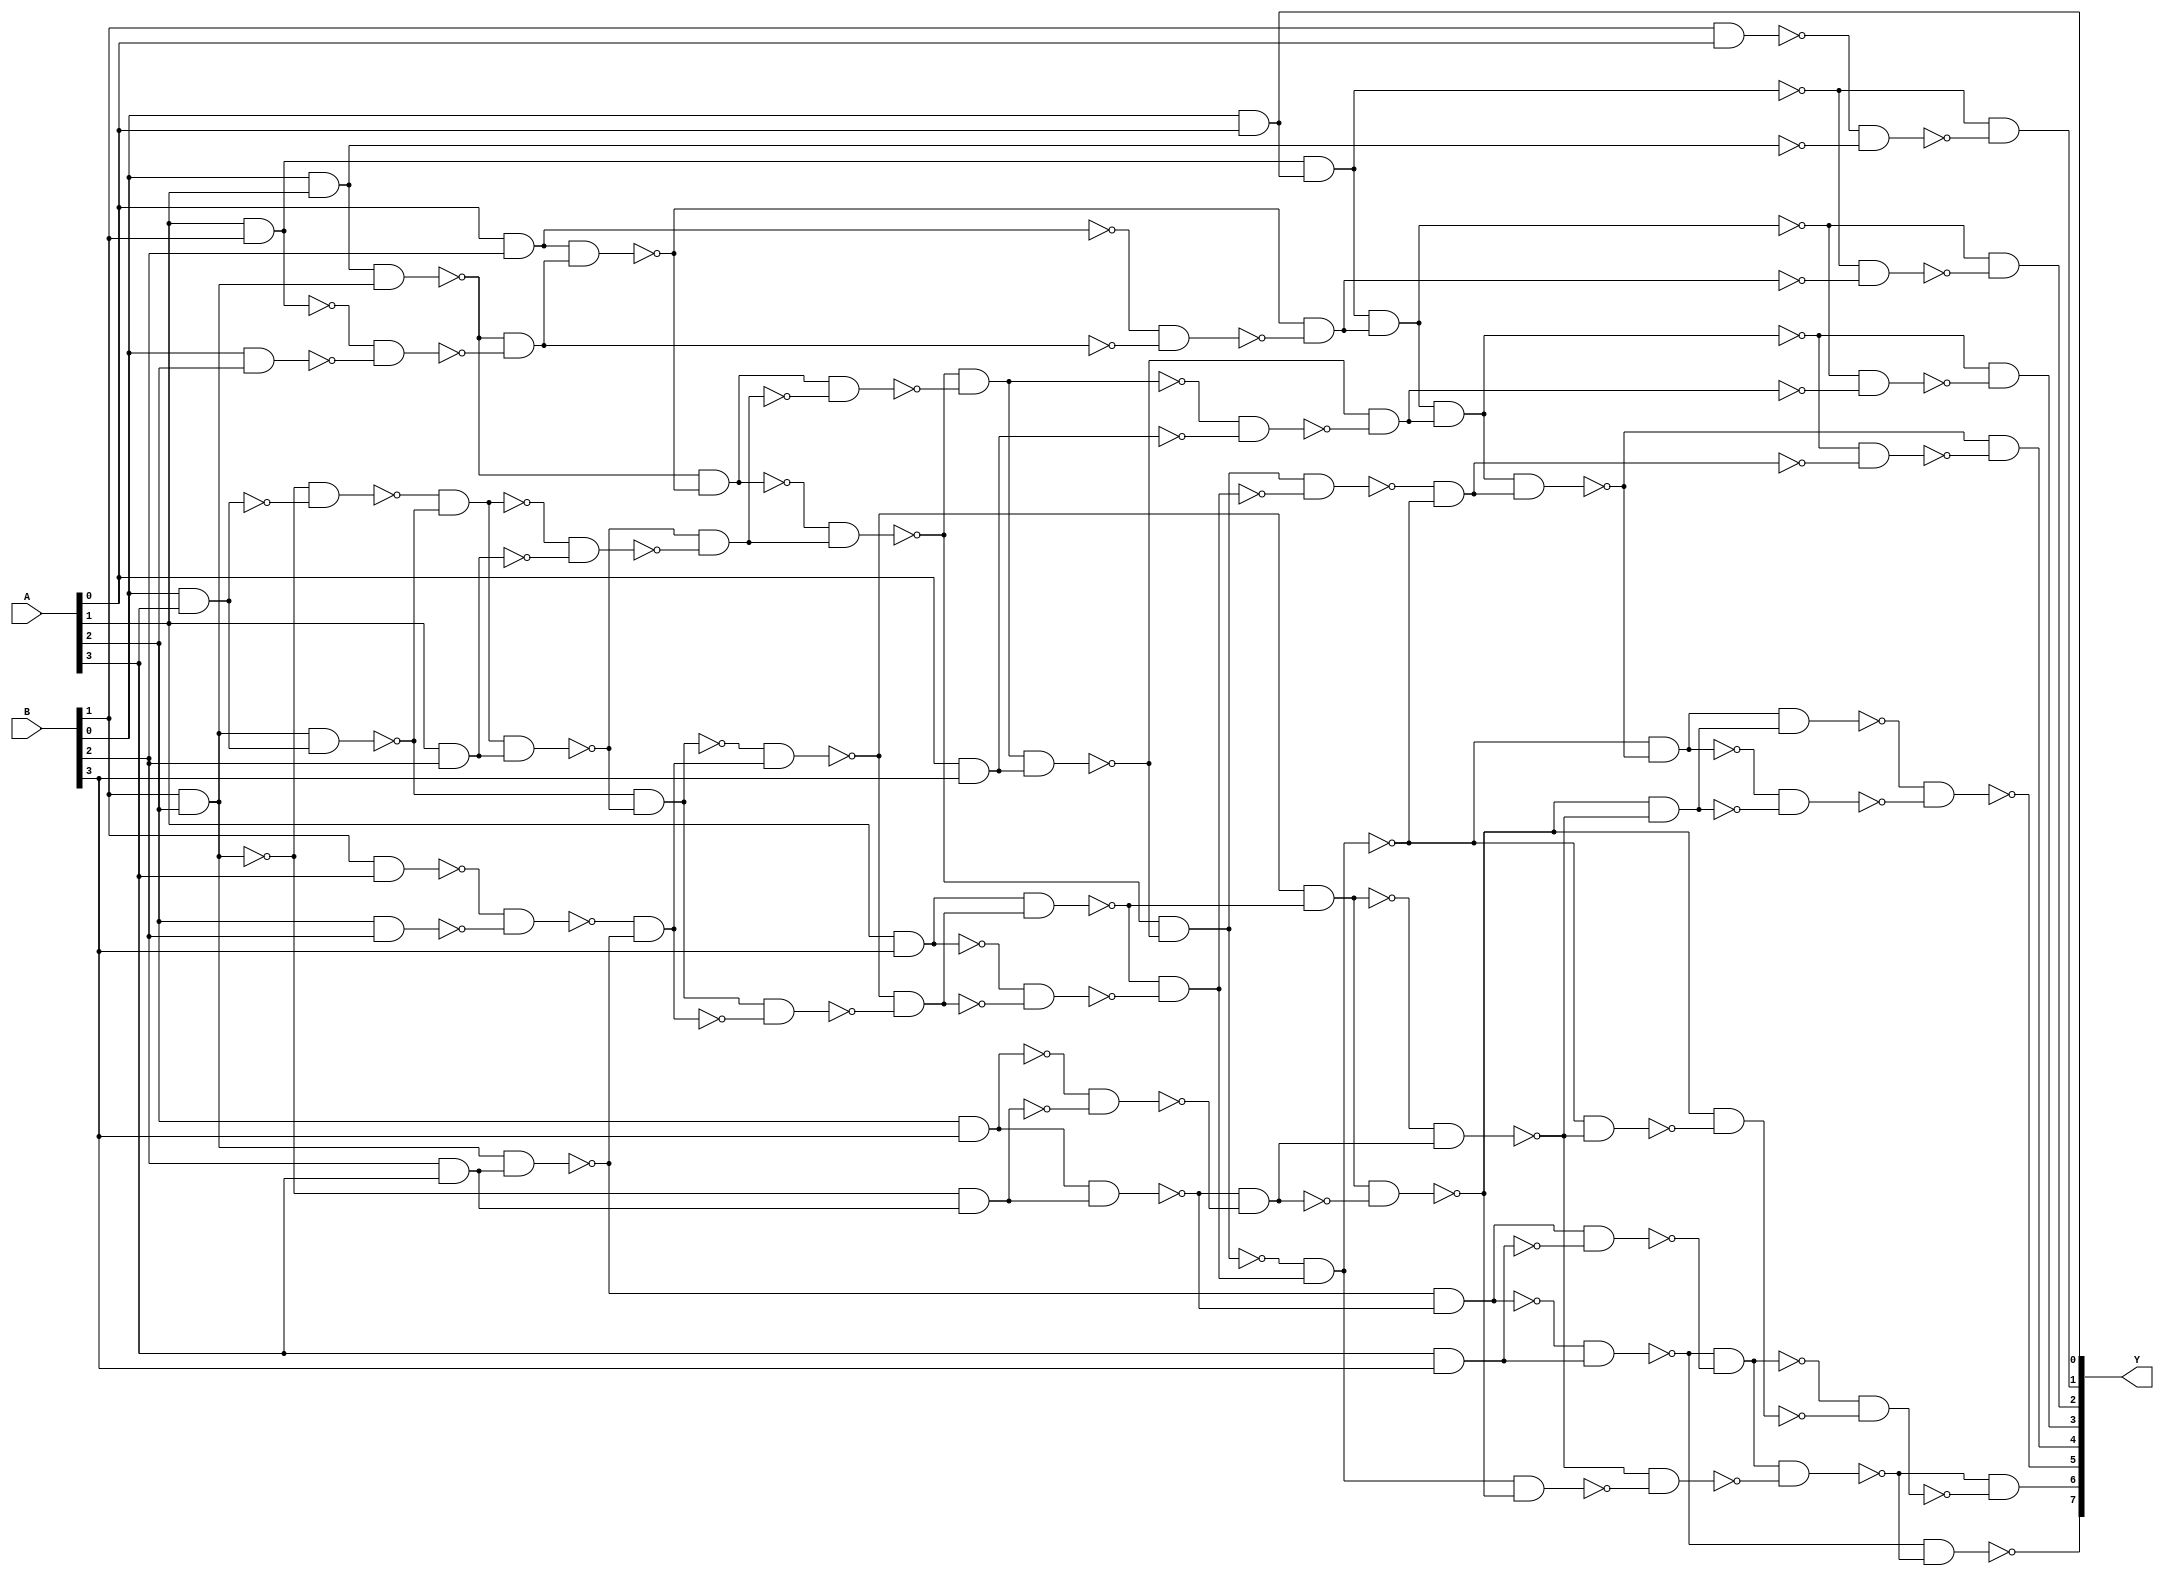
/* Generated by Yosys 0.28+1 (git sha1 a9c792dce, clang 10.0.0-4ubuntu1 -fPIC -Os) */

(* hdlname = "\\\\multiply" *)
(* top =  1  *)
(* src = "multiply.v:3.1-11.10" *)
module multiply(A, B, Y);
  wire _000_;
  wire _001_;
  wire _002_;
  wire _003_;
  wire _004_;
  wire _005_;
  wire _006_;
  wire _007_;
  wire _008_;
  wire _009_;
  wire _010_;
  wire _011_;
  wire _012_;
  wire _013_;
  wire _014_;
  wire _015_;
  wire _016_;
  wire _017_;
  wire _018_;
  wire _019_;
  wire _020_;
  wire _021_;
  wire _022_;
  wire _023_;
  wire _024_;
  wire _025_;
  wire _026_;
  wire _027_;
  wire _028_;
  wire _029_;
  wire _030_;
  wire _031_;
  wire _032_;
  wire _033_;
  wire _034_;
  wire _035_;
  wire _036_;
  wire _037_;
  wire _038_;
  wire _039_;
  wire _040_;
  wire _041_;
  wire _042_;
  wire _043_;
  wire _044_;
  wire _045_;
  wire _046_;
  wire _047_;
  wire _048_;
  wire _049_;
  wire _050_;
  wire _051_;
  wire _052_;
  wire _053_;
  wire _054_;
  wire _055_;
  wire _056_;
  wire _057_;
  wire _058_;
  wire _059_;
  wire _060_;
  (* src = "multiply.v:5.17-5.18" *)
  wire _061_;
  (* src = "multiply.v:5.17-5.18" *)
  wire _062_;
  (* src = "multiply.v:5.17-5.18" *)
  wire _063_;
  (* src = "multiply.v:5.17-5.18" *)
  wire _064_;
  (* src = "multiply.v:6.17-6.18" *)
  wire _065_;
  (* src = "multiply.v:6.17-6.18" *)
  wire _066_;
  (* src = "multiply.v:6.17-6.18" *)
  wire _067_;
  (* src = "multiply.v:6.17-6.18" *)
  wire _068_;
  (* src = "multiply.v:7.22-7.23" *)
  wire _069_;
  (* src = "multiply.v:7.22-7.23" *)
  wire _070_;
  (* src = "multiply.v:7.22-7.23" *)
  wire _071_;
  (* src = "multiply.v:7.22-7.23" *)
  wire _072_;
  (* src = "multiply.v:7.22-7.23" *)
  wire _073_;
  (* src = "multiply.v:7.22-7.23" *)
  wire _074_;
  (* src = "multiply.v:7.22-7.23" *)
  wire _075_;
  (* src = "multiply.v:7.22-7.23" *)
  wire _076_;
  wire _077_;
  wire _078_;
  wire _079_;
  wire _080_;
  wire _081_;
  wire _082_;
  wire _083_;
  wire _084_;
  wire _085_;
  wire _086_;
  wire _087_;
  wire _088_;
  wire _089_;
  wire _090_;
  wire _091_;
  wire _092_;
  wire _093_;
  wire _094_;
  wire _095_;
  wire _096_;
  wire _097_;
  wire _098_;
  wire _099_;
  wire _100_;
  wire _101_;
  wire _102_;
  wire _103_;
  wire _104_;
  wire _105_;
  wire _106_;
  wire _107_;
  wire _108_;
  wire _109_;
  wire _110_;
  wire _111_;
  wire _112_;
  wire _113_;
  wire _114_;
  wire _115_;
  wire _116_;
  wire _117_;
  wire _118_;
  wire _119_;
  wire _120_;
  wire _121_;
  wire _122_;
  wire _123_;
  wire _124_;
  wire _125_;
  wire _126_;
  wire _127_;
  wire _128_;
  wire _129_;
  wire _130_;
  wire _131_;
  wire _132_;
  wire _133_;
  wire _134_;
  wire _135_;
  wire _136_;
  wire _137_;
  wire _138_;
  wire _139_;
  wire _140_;
  wire _141_;
  wire _142_;
  wire _143_;
  wire _144_;
  wire _145_;
  wire _146_;
  wire _147_;
  wire _148_;
  wire _149_;
  wire _150_;
  wire _151_;
  wire _152_;
  wire _153_;
  wire _154_;
  wire _155_;
  wire _156_;
  wire _157_;
  wire _158_;
  wire _159_;
  wire _160_;
  wire _161_;
  wire _162_;
  wire _163_;
  wire _164_;
  wire _165_;
  wire _166_;
  wire _167_;
  wire _168_;
  wire _169_;
  wire _170_;
  wire _171_;
  wire _172_;
  wire _173_;
  wire _174_;
  wire _175_;
  wire _176_;
  wire _177_;
  wire _178_;
  wire _179_;
  wire _180_;
  wire _181_;
  wire _182_;
  wire _183_;
  wire _184_;
  wire _185_;
  wire _186_;
  wire _187_;
  wire _188_;
  wire _189_;
  wire _190_;
  wire _191_;
  wire _192_;
  wire _193_;
  wire _194_;
  (* src = "multiply.v:5.17-5.18" *)
  input [3:0] A;
  wire [3:0] A;
  (* src = "multiply.v:6.17-6.18" *)
  input [3:0] B;
  wire [3:0] B;
  (* src = "multiply.v:7.22-7.23" *)
  output [7:0] Y;
  wire [7:0] Y;
  assign _115_ = ~(_066_ & _061_);
  assign _116_ = ~(_065_ & _062_);
  assign _117_ = ~_116_;
  assign _118_ = ~(_062_ & _066_);
  assign _119_ = ~_118_;
  assign _120_ = ~(_065_ & _061_);
  assign _069_ = ~_120_;
  assign _121_ = ~(_119_ & _069_);
  assign _122_ = ~_121_;
  assign _123_ = ~(_115_ & _116_);
  assign _124_ = ~(_121_ & _123_);
  assign _070_ = ~_124_;
  assign _125_ = ~(_061_ & _067_);
  assign _126_ = ~_125_;
  assign _127_ = ~(_065_ & _063_);
  assign _128_ = ~(_066_ & _063_);
  assign _129_ = ~_128_;
  assign _130_ = ~(_117_ & _129_);
  assign _131_ = ~(_118_ & _127_);
  assign _132_ = ~(_130_ & _131_);
  assign _133_ = ~_132_;
  assign _134_ = ~(_126_ & _133_);
  assign _135_ = ~(_125_ & _132_);
  assign _136_ = ~(_134_ & _135_);
  assign _137_ = ~_136_;
  assign _138_ = ~(_122_ & _137_);
  assign _139_ = ~_138_;
  assign _140_ = ~(_121_ & _136_);
  assign _141_ = ~(_138_ & _140_);
  assign _071_ = ~_141_;
  assign _142_ = ~(_130_ & _134_);
  assign _143_ = ~_142_;
  assign _144_ = ~(_065_ & _064_);
  assign _145_ = ~_144_;
  assign _146_ = ~(_128_ & _144_);
  assign _147_ = ~(_066_ & _064_);
  assign _148_ = ~(_129_ & _145_);
  assign _149_ = ~(_146_ & _148_);
  assign _150_ = ~_149_;
  assign _151_ = ~(_062_ & _067_);
  assign _152_ = ~_151_;
  assign _153_ = ~(_150_ & _152_);
  assign _154_ = ~(_149_ & _151_);
  assign _155_ = ~(_153_ & _154_);
  assign _156_ = ~_155_;
  assign _157_ = ~(_142_ & _156_);
  assign _158_ = ~(_143_ & _155_);
  assign _159_ = ~(_157_ & _158_);
  assign _160_ = ~_159_;
  assign _161_ = ~(_061_ & _068_);
  assign _162_ = ~_161_;
  assign _163_ = ~(_160_ & _162_);
  assign _164_ = ~(_159_ & _161_);
  assign _165_ = ~(_163_ & _164_);
  assign _166_ = ~_165_;
  assign _167_ = ~(_139_ & _166_);
  assign _168_ = ~_167_;
  assign _169_ = ~(_157_ & _163_);
  assign _170_ = ~_169_;
  assign _171_ = ~(_062_ & _068_);
  assign _172_ = ~_171_;
  assign _173_ = ~(_148_ & _153_);
  assign _174_ = ~_173_;
  assign _175_ = ~(_063_ & _067_);
  assign _176_ = ~(_147_ & _175_);
  assign _177_ = ~(_067_ & _064_);
  assign _178_ = ~_177_;
  assign _179_ = ~(_129_ & _178_);
  assign _180_ = ~(_176_ & _179_);
  assign _181_ = ~_180_;
  assign _182_ = ~(_173_ & _181_);
  assign _183_ = ~(_174_ & _180_);
  assign _184_ = ~(_182_ & _183_);
  assign _185_ = ~_184_;
  assign _186_ = ~(_172_ & _185_);
  assign _187_ = ~(_171_ & _184_);
  assign _188_ = ~(_186_ & _187_);
  assign _189_ = ~_188_;
  assign _190_ = ~(_170_ & _188_);
  assign _191_ = ~(_169_ & _189_);
  assign _192_ = ~_191_;
  assign _193_ = ~(_190_ & _191_);
  assign _194_ = ~_193_;
  assign _077_ = ~(_168_ & _194_);
  assign _078_ = ~(_167_ & _193_);
  assign _079_ = ~(_077_ & _078_);
  assign _073_ = ~_079_;
  assign _080_ = ~(_191_ & _077_);
  assign _081_ = ~_080_;
  assign _082_ = ~(_182_ & _186_);
  assign _083_ = ~_082_;
  assign _084_ = ~(_063_ & _068_);
  assign _085_ = ~_084_;
  assign _086_ = ~(_128_ & _178_);
  assign _087_ = ~_086_;
  assign _088_ = ~(_085_ & _087_);
  assign _089_ = ~(_084_ & _086_);
  assign _090_ = ~(_088_ & _089_);
  assign _091_ = ~_090_;
  assign _092_ = ~(_083_ & _090_);
  assign _093_ = ~(_082_ & _091_);
  assign _094_ = ~(_092_ & _093_);
  assign _095_ = ~_094_;
  assign _096_ = ~(_081_ & _095_);
  assign _097_ = ~(_080_ & _094_);
  assign _074_ = ~(_096_ & _097_);
  assign _098_ = ~(_179_ & _088_);
  assign _099_ = ~_098_;
  assign _100_ = ~(_064_ & _068_);
  assign _101_ = ~_100_;
  assign _102_ = ~(_098_ & _101_);
  assign _103_ = ~(_099_ & _100_);
  assign _104_ = ~(_102_ & _103_);
  assign _105_ = ~_104_;
  assign _106_ = ~(_192_ & _092_);
  assign _107_ = ~(_191_ & _093_);
  assign _108_ = ~(_092_ & _107_);
  assign _109_ = ~(_093_ & _106_);
  assign _110_ = ~(_105_ & _109_);
  assign _111_ = ~(_104_ & _108_);
  assign _112_ = ~(_110_ & _111_);
  assign _075_ = ~_112_;
  assign _113_ = ~(_138_ & _165_);
  assign _114_ = ~(_167_ & _113_);
  assign _072_ = ~_114_;
  assign _076_ = ~(_102_ & _110_);
  assign _065_ = B[0];
  assign _062_ = A[1];
  assign _066_ = B[1];
  assign _061_ = A[0];
  assign Y[1] = _070_;
  assign _063_ = A[2];
  assign _067_ = B[2];
  assign Y[2] = _071_;
  assign _064_ = A[3];
  assign _068_ = B[3];
  assign Y[4] = _073_;
  assign Y[5] = _074_;
  assign Y[6] = _075_;
  assign Y[3] = _072_;
  assign Y[7] = _076_;
  assign Y[0] = _069_;
endmodule